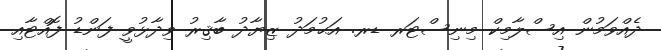
ދެއްވަމުން އިސްލާމިކް މިނިސްޓަރ ޑރ. އަޙުމަދު ޒިޔާދު ބާޤިރު ވިދާޅުވީ ފަންޑު ފޮއްޓާއި